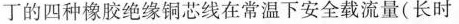
丁的四种橡胶绝缘铜芯线在常温下安全载流量(长时